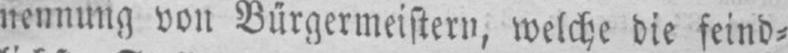
nennung von Bürgermeistern, welche die feind⸗